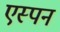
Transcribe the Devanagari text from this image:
एस्पन